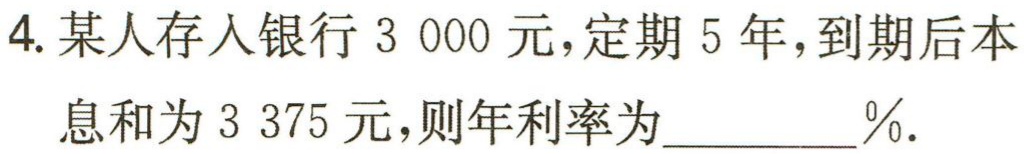
4. 某人存入银行$3\ 000$元，定期$5$年，到期后本息和为$3\ 375$元，则年利率为________$\%$.